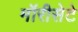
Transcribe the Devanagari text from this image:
मॉरीसेटे